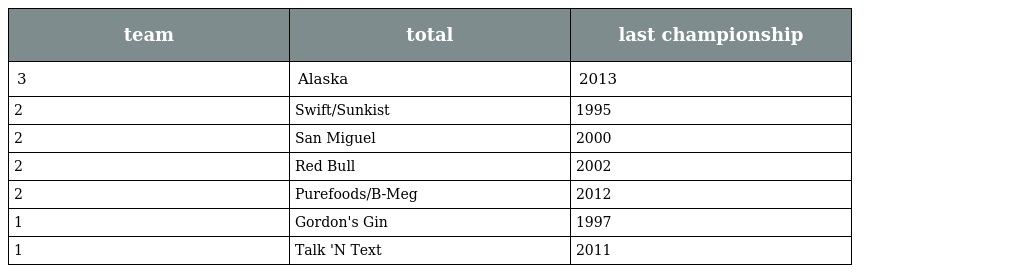
| team | total | last championship |
 | --- | --- | --- |
 | 3 | Alaska | 2013 |
 | 2 | Swift/Sunkist | 1995 |
 | 2 | San Miguel | 2000 |
 | 2 | Red Bull | 2002 |
 | 2 | Purefoods/B-Meg | 2012 |
 | 1 | Gordon's Gin | 1997 |
 | 1 | Talk 'N Text | 2011 |